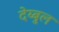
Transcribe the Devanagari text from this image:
देय्बुल